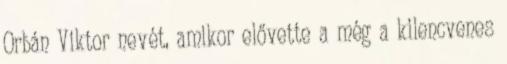
Orbán Viktor nevét, amikor elővette a még a kilencvenes